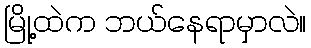
မြို့ထဲက ဘယ်နေရာမှာလဲ။